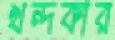
খন্দকার